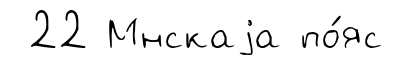
22 Мнскаjа по́яс